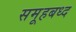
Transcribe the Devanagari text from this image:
समूहबध्द